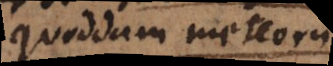
quoddam meteorum